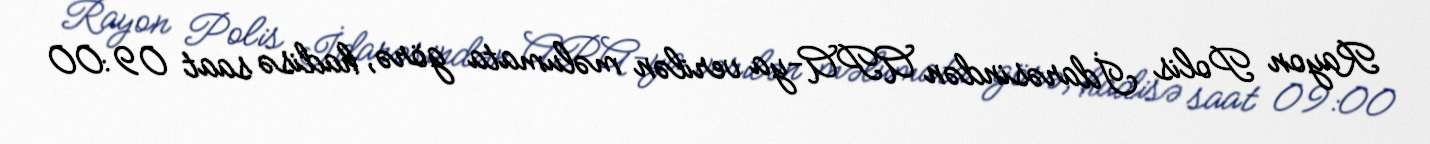
Rayon Polis İdarəsindən APA-ya verilən məlumata görə, hadisə saat 09:00